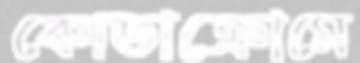
কোডাক্রোমে